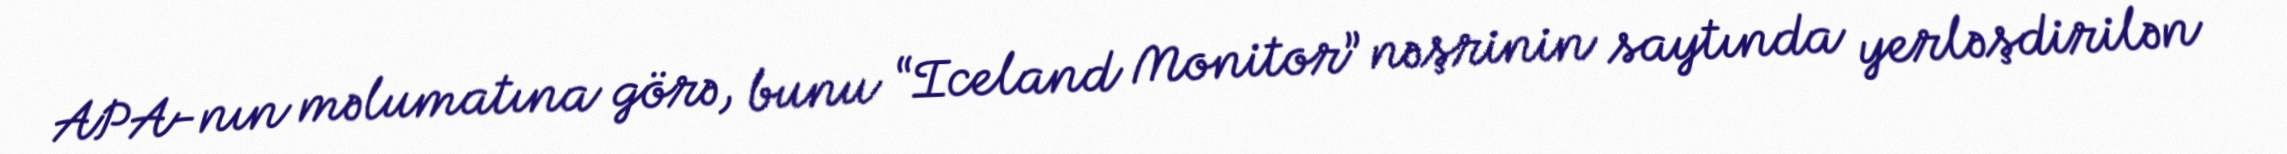
APA-nın məlumatına görə, bunu “Iceland Monitor” nəşrinin saytında yerləşdirilən